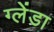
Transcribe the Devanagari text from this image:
ग्लेंडा